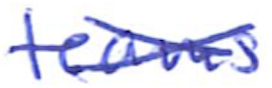
Text: teams
Cross-out: cross
Writing tool: ballpoint